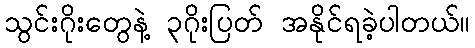
သွင်းဂိုးတွေနဲ့ ၃ဂိုးပြတ် အနိုင်ရခဲ့ပါတယ်။